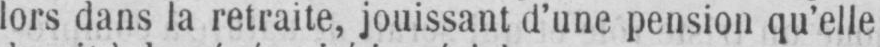
lors dans la retraite, jouissant d’une pension qu’elle